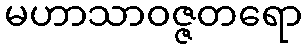
မဟာသာဝဇ္ဇတရော